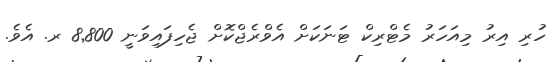
ހުރި އިރު މިއަހަރު މެޓްރިކް ޓަނަކަށް އެވްރެޖްކޮށް ޖެހިފައިވަނީ 8